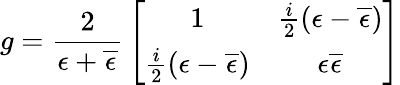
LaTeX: g={\frac{2}{\epsilon+\overline{{{\epsilon}}}}}\left[\begin{array}{cc}{{1}}&{{{\frac{i}{2}}(\epsilon-\overline{{{\epsilon}}})}}\\ {{{\frac{i}{2}}(\epsilon-\overline{{{\epsilon}}})}}&{{\epsilon\overline{{{\epsilon}}}}}\end{array}\right]